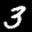
Label: 3